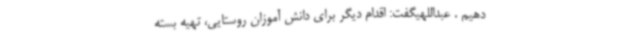
دهیم . عبداللهیگفت: اقدام دیگر برای دانش آموزان روستایی، تهیه بسته